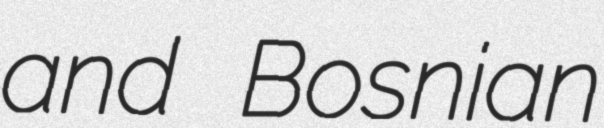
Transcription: and Bosnian